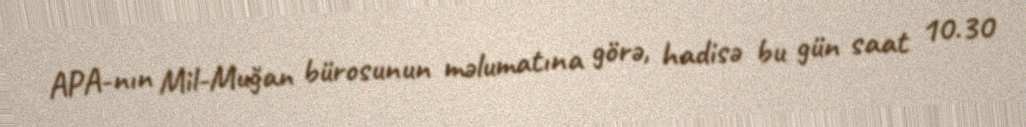
APA-nın Mil-Muğan bürosunun məlumatına görə, hadisə bu gün saat 10.30